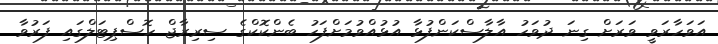
އަވަހާރަވީ ވަރަށް ގިނަ ދުވަހު އާލާސްކަންފުޅާ އުޅުއްވުމަށްފަހު ބެންކޮކްގެ ސިރިރާޖް ހޮސްޕިޓަލްގައި ފަރުވާ